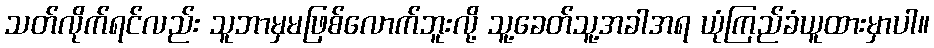
သတ်လိုက်ရင်လည်း သူဘာမှမဖြစ်လောက်ဘူးလို့ သူ့ခေတ်သူ့အခါအရ ယုံကြည်ခံယူထားမှာပါ။